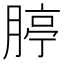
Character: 𦝞